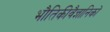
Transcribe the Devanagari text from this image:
भौतिकीवैज्ञानिकों